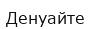
Денуайте